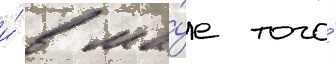
и́ в ма́е того́